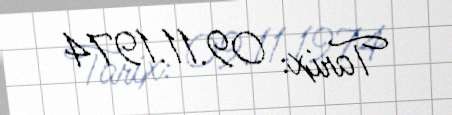
Tarix: 09.11.1974